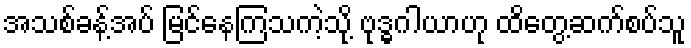
အသစ်ခန့်အပ် မြင်နေကြသကဲ့သို့ ဗုဒ္ဓဂါယာဟု ထိတွေ့ဆက်စပ်သူ